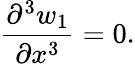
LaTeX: \frac{\partial^{3}w_{1}}{\partial x^{3}}=0.